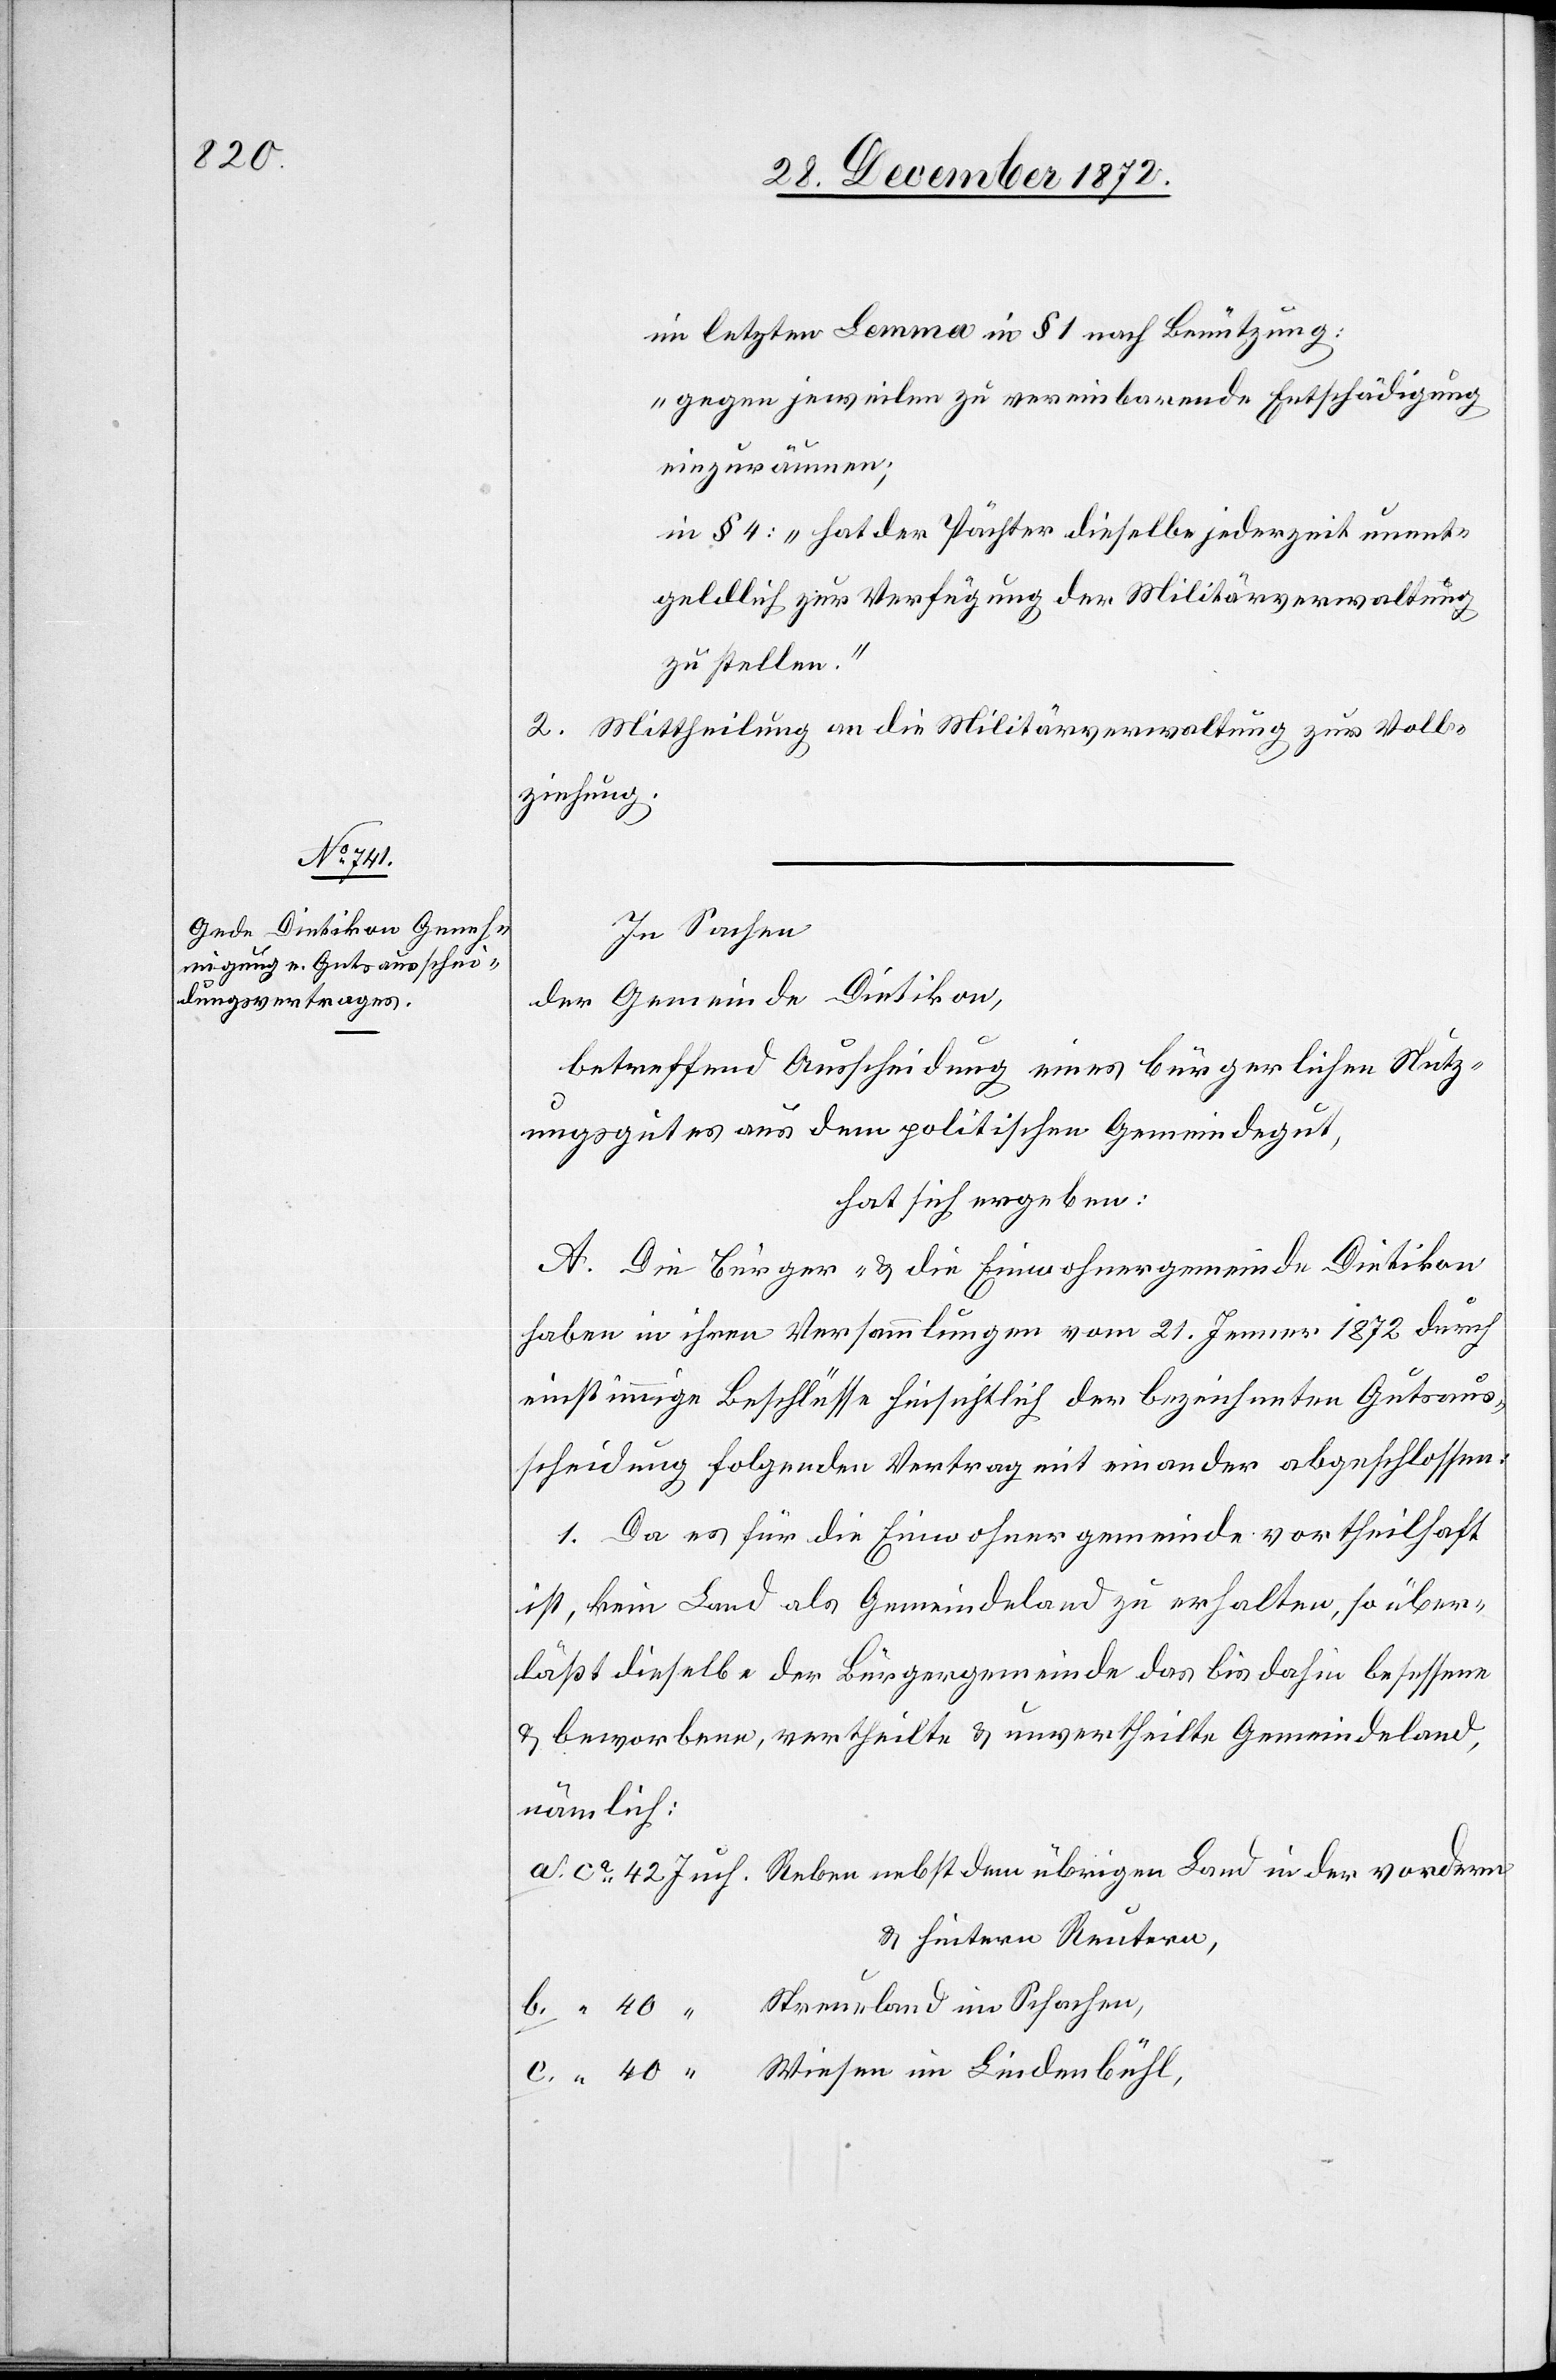
im letzten Lemma in 1 1 nach Benützung:
„gegen jeweilen zu vereinbarende Entschädigung
einzuräumen;
in § 4: „hat der Pächter dieselbe jederzeit unent¬
geldlich zur Verfügung der Militärverwaltung
zu stellen.“
2. Mittheilung an die Militärverwaltung zur Voll¬
ziehung.